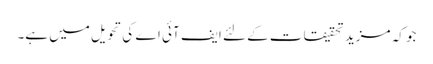
جو کہ مزید تحقیقات کے لئے ایف آئی اے کی تحویل میں ہے۔